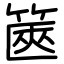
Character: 箧